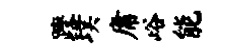
躞璞庸峪能